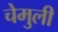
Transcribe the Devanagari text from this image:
चेमुली